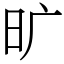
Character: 旷